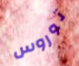
توروس